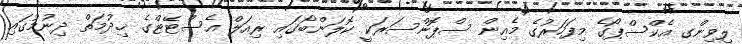
ލިވިންގ އެކްސްޕޯގެ މިފަހަރުގެ މެއިން ސްޕޮންސަރަކީ ކޮލަންބޯގައި ރިއަލް އެސްޓޭޓްގެ ޚިދުމަތް ދިނުމުގައި